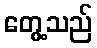
တွေ့သည်